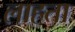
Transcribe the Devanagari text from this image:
लाहता